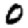
Digit: 0